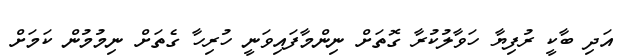
އަދި ބާކީ ރުފިޔާ ހަވާލުކުރާ ގޮތަށް ނިންމާފައިވަނީ ހުރިހާ ގެތަށް ނިމުމުން ކަމަށް